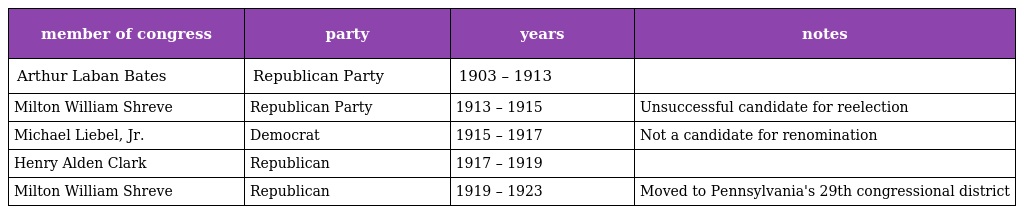
| member of congress | party | years | notes |
 | --- | --- | --- | --- |
 | Arthur Laban Bates | Republican Party | 1903 – 1913 |  |
 | Milton William Shreve | Republican Party | 1913 – 1915 | Unsuccessful candidate for reelection |
 | Michael Liebel, Jr. | Democrat | 1915 – 1917 | Not a candidate for renomination |
 | Henry Alden Clark | Republican | 1917 – 1919 |  |
 | Milton William Shreve | Republican | 1919 – 1923 | Moved to Pennsylvania's 29th congressional district |